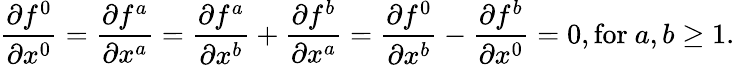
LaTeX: \frac{\partial f^{0}}{\partial x^{0}}=\frac{\partial f^{a}}{\partial x^{a}}=\frac{\partial f^{a}}{\partial x^{b}}+\frac{\partial f^{b}}{\partial x^{a}}=\frac{\partial f^{0}}{\partial x^{b}}-\frac{\partial f^{b}}{\partial x^{0}}=0,\mathrm{for~}a,b\geq 1.